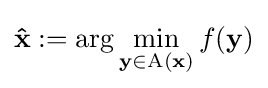
\mathbf {\hat {x}} :=\arg \min _{\mathbf {y} \in \mathrm {A} (\mathbf {x} )}f(\mathbf {y} )